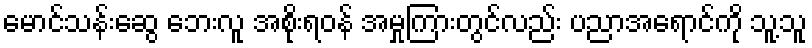
မောင်သန်းဆွေ ဘေးလူ အစိုးရဝန် အမှုကြားတွင်လည်း ပညာအရောင်ကို သူ့သူ